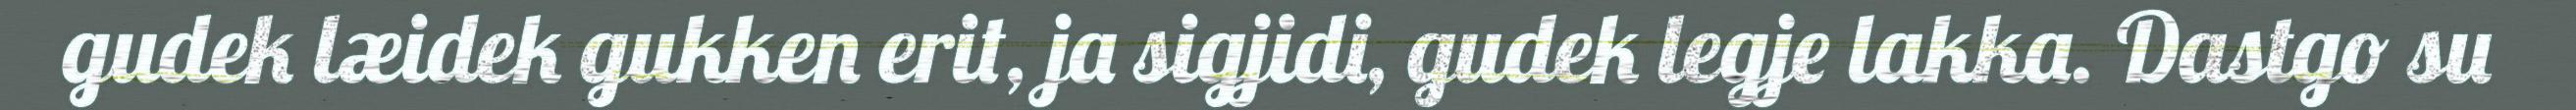
gudek læidek gukken erit, ja sigjidi, gudek legje lakka. Dastgo su